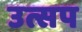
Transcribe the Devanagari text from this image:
उत्सप